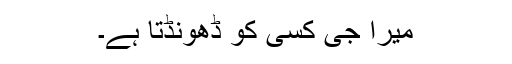
میرا جی کسی کو ڈھونڈتا ہے۔